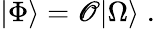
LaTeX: |\Phi\rangle={\cal\mathscr{O}}|\Omega\rangle\; .